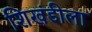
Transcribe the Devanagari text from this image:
शिखंडीला